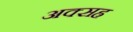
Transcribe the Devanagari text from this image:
अक्सह्र